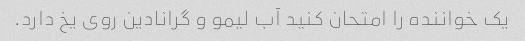
یک خواننده را امتحان کنید آب لیمو و گرانادین روی یخ دارد.